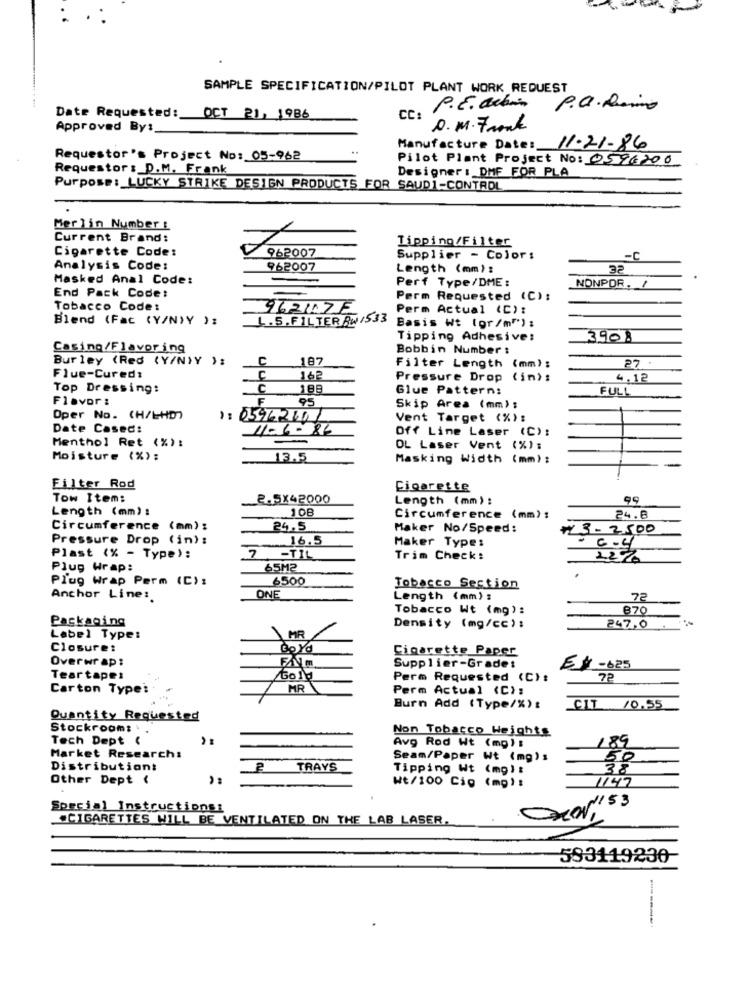
:.
SAMPLE SPECIFICATION/PILOT PLANT WORK REQUEST
P.E. debin
P.a. Rimo
Date Requested: OCT 21, 1986
CC:
Approved By :_
A.M.Frank
Manufacture Date: 11-21-86
Requestor's Project No: 05-962
Pilot Plant Project No: 0596200
Requestor :_ D.M. Frank
Designer : DMF FOR PLA
Purpose :_ LUCKY STRIKE DESIGN PRODUCTS FOR SAUDI-CONTROL
Merlin Number :
Current Brand:
Tipping/Filter
Cigarette Code:
962007
Supplier - Color:
-C
Analysis Code:
962007
Length (mm):
32
Masked Anal Code:
Perf Type/DME:
NONPOR. /
End Pack Code:
Perm Requested (C):
Tobacco Code:
9621.7F
Perm Actual (C):
Blend (Fat (Y/N)Y ):
L.5.FILTER BW1533
Basis Wt (gr/m");
Tipping Adhesive:
3908
Casing/Flavoring
Bobbin Number :
Bur ley (Red (Y/N)Y ):
C
187
27 .
C
Filter Length (mm):
Flue-Cured:
162
Pressure Drop (in):
4.12
Top Dressing:
C
Glue Pattern:
FULL
Flavor :
F
95
Skip Area (mm) :
Oper No. (H/LHD)
): 05962111
Vent Target (%):
Date Cased:
11-6-86
Off Line Laser (C):
Menthol Ret (%):
OL Laser Vent (%):
Moisture (%) :
13.5
Masking Width (mm) :
Filter Rod
Cigarette
Tow Item:
2.5X42000
Length (mm) :
Length (mm) :
108
Circumference (mm) :
24.8
Circumference (mm) :
24.5
Maker No/Speed:
W3-2500
Pressure Drop (in):
16.5
C.C
7
Maker Type:
Plast (% - Type):
-TIL
Trim Check:
Plug Wrap:
65M2
Plug Wrap Perm (C) :
6500
Tobacco Section
Anchor Line:
ONE
Length (mm) :
72
Tobacco Wt (mg):
870
Packaging
Density (mg/cc):
247,0
Label Type:
MR
Closure:
Boya
Cigarette Paper
Overwrap:
Supplier-Grade:
E -625
Tear tape:
Gold
Perm Requested (C):
72
Carton Type:
MR
Perm Actual (C):
Burn Add ( Type/%) :
CIT /0.55
Quantity Requested
Stockroom: .
Non Tobacco Heights
Tech Dept (
Avg Rod Wt (mp) :
189
Market Research:
Seam/Paper Wt (mg) :
50
Distribution:
TRAYS
Tipping Wt (mg) :
38
Other Dept (
Ht/100 Cig (mp) :
1147
1153
Special Instructions:
.CIGARETTES WILL BE VENTILATED ON THE LAB LASER.
593119230
-------.